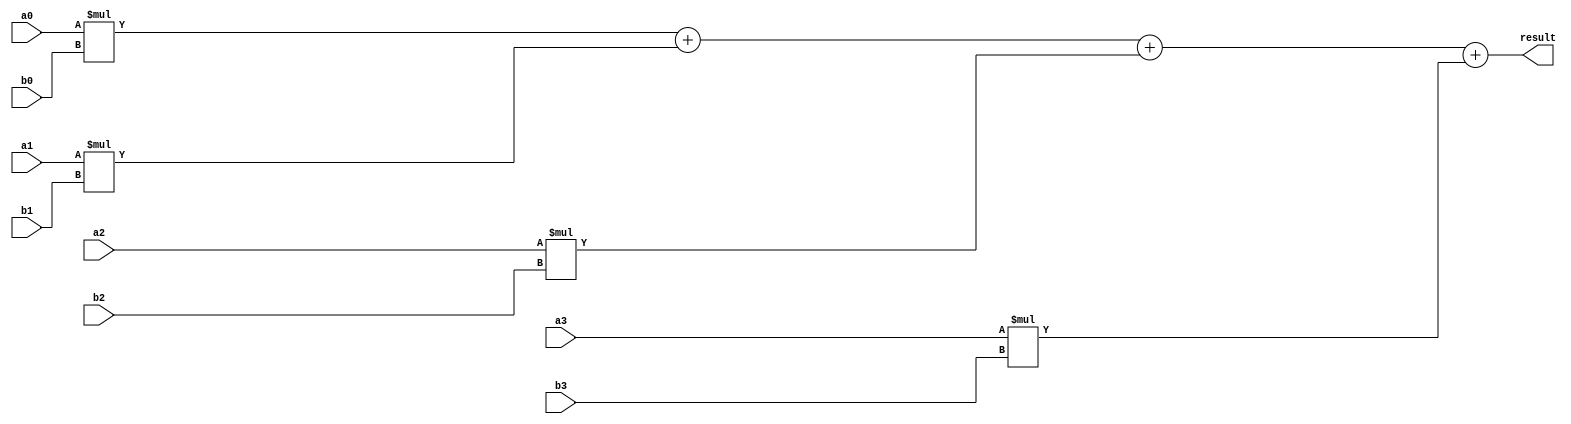
module dot_product(
    input [7:0] a0, a1, a2, a3, // 4-element vector a, where each index is 8 bits.  
    input [7:0] b0, b1, b2, b3, // 4-element vector b, where each index is 8 bits.  
    output [15:0] result        // 16 bit result.
);

    // Set the varaibles as wire because we will use assign on the them.
    wire [15:0] prod0, prod1, prod2, prod3;

    assign prod0 = a0 * b0;
    assign prod1 = a1 * b1;
    assign prod2 = a2 * b2;
    assign prod3 = a3 * b3;

    assign result = prod0 + prod1 + prod2 + prod3;
    
endmodule // Endmodule defines where the scope of the module stops.